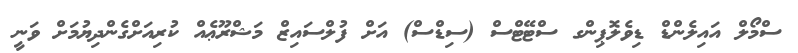
ސްމޯލް އައިލެންޑް ޑިވެލޮޕިންގ ސްޓޭޓްސް (ސިޑްސް) އަށް ފުލްސައިޒް މަޝްރޫޢެއް ކުރިއަށްގެންދިޔުމަށް ވަނީ